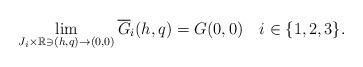
LaTeX: \begin{align*} \lim_{J_i \times \mathbb R \ni (h, q) \to (0, 0)} \overline G_i (h, q) = G(0, 0) \ \ \ i \in \{ 1, 2, 3 \}.\end{align*}